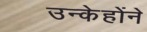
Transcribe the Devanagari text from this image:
उन्केहोंने